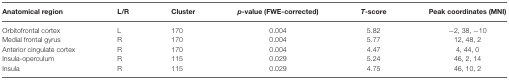
<table><thead><tr><td><b>Anatomical region</b></td><td><b>L/R</b></td><td><b>Cluster</b></td><td><b><i>p</i>-value (FWE-corrected)</b></td><td><b><i>T</i>-score</b></td><td><b>Peak coordinates (MNI)</b></td></tr></thead><tbody><tr><td>Orbitofrontal cortex</td><td>L</td><td>170</td><td>0.004</td><td>5.82</td><td>−2, 38, −10</td></tr><tr><td>Medial frontal gyrus</td><td>R</td><td>170</td><td>0.004</td><td>5.77</td><td>12, 48, 2</td></tr><tr><td>Anterior cingulate cortex</td><td>R</td><td>170</td><td>0.004</td><td>4.47</td><td>4, 44, 0</td></tr><tr><td>Insula-operculum</td><td>R</td><td>115</td><td>0.029</td><td>5.24</td><td>46, 2, 14</td></tr><tr><td>Insula</td><td>R</td><td>115</td><td>0.029</td><td>4.75</td><td>46, 10, 2</td></tr></tbody></table>